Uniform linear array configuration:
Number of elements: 32
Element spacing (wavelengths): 1
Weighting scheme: kaiser
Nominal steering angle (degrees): -45
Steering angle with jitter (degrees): -45.018
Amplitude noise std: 0.05
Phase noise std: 0.05

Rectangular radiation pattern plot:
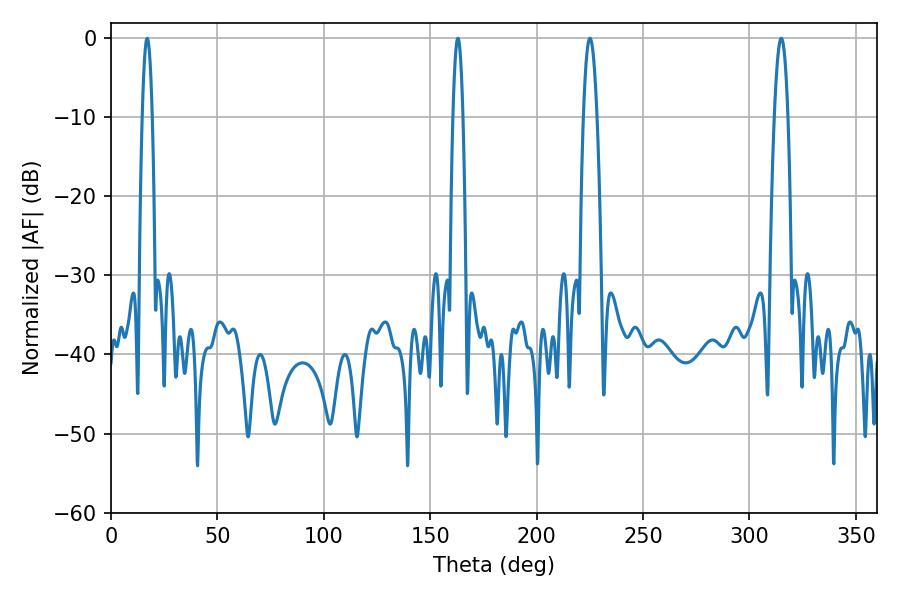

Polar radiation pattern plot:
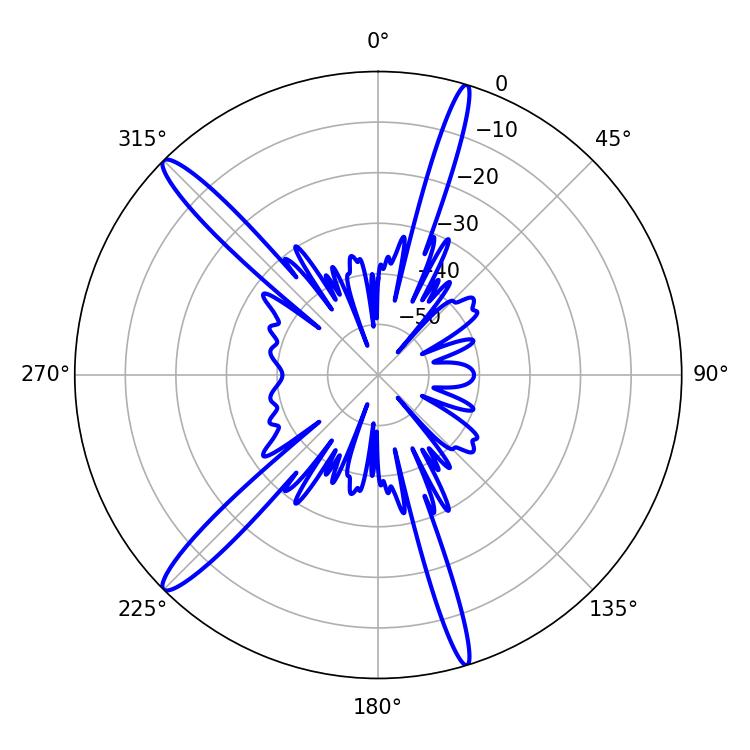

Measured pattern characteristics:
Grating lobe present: TRUE
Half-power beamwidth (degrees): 3.42
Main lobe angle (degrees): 225